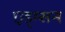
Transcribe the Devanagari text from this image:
एड्म्सन